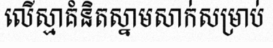
លើស្មាគំនិតស្នាមសាក់សម្រាប់